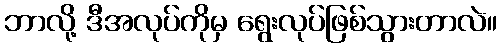
ဘာလို့ ဒီအလုပ်ကိုမှ ရွေးလုပ်ဖြစ်သွားတာလဲ။